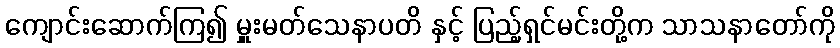
ကျောင်းဆောက်ကြ၍ မှူးမတ်သေနာပတိ နှင့် ပြည့်ရှင်မင်းတို့က သာသနာတော်ကို